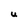
Character: u